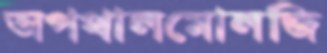
অপথালমোলজি